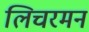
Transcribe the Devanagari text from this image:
लिचरमन